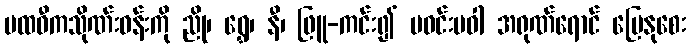
ပထဝီကသိုဏ်းဝန်းကို ညို၊ ရွှေ၊ နီ၊ ဖြူ-ကင်း၍ မဝင်းမဝါ အရုဏ်ရောင် မြေနုစေး